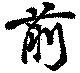
前